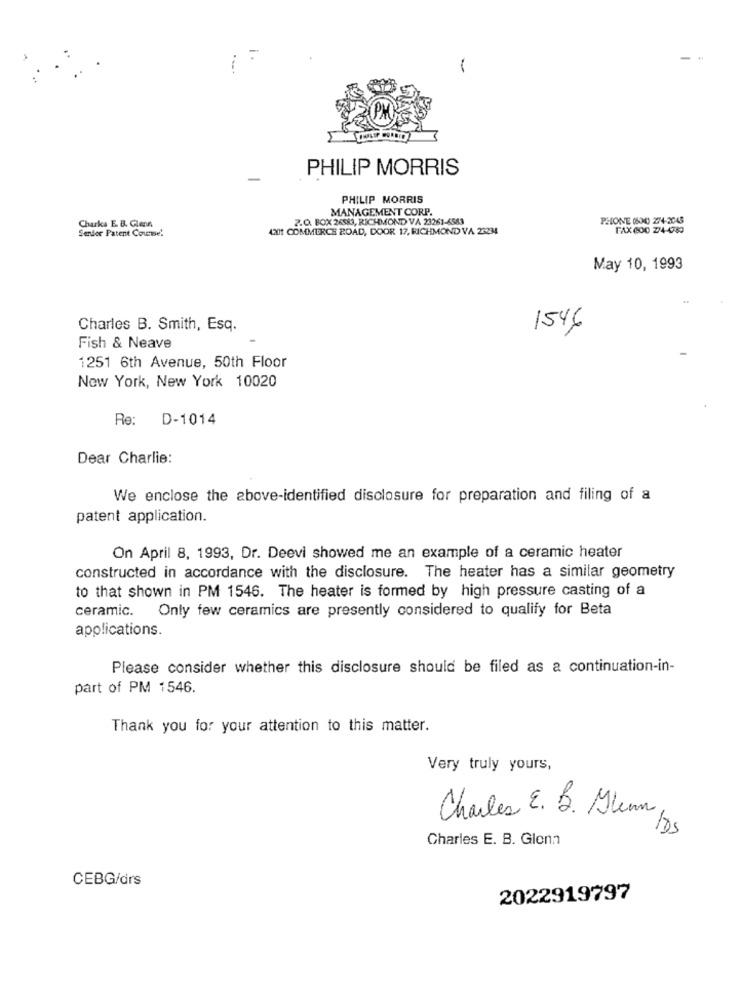
PHILIP MORRIS
PHILIP MORRIS
MANAGEMENT CORP.
2.O. BOX 26583, RICHMOND VA 23261-6583
PHONE (604) 274-2048
Sendor Patent Course!
Charks E. B. Glenn
4201 COMMERCE ROAD, DOOR 17, RICHMOND VA 23234
May 10, 1993
Charles B. Smith, Esq.
1546
Fish & Neave
1251 6th Avenue, 50th Floor
New York, New York 10020
Re:
D-1014
Dear Charlie:
We enclose the above-identified disclosure for preparation and filing of a
patent application.
On April 8, 1993, Dr. Deevi showed me an example of a ceramic heater
constructed in accordance with the disclosure. The heater has a similar geometry
to that shown in PM 1546. The heater is formed by high pressure casting of a
ceramic. Only few ceramics are presently considered to qualify for Beta
applications.
Please consider whether this disclosure should be filed as a continuation-in-
part of PM 1546.
Thank you for your attention to this matter.
Very truly yours,
Charles E. B. Glenn
Charles E. B. Glenn
CEBG/drs
2022919797